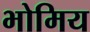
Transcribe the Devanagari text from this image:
भोमिय